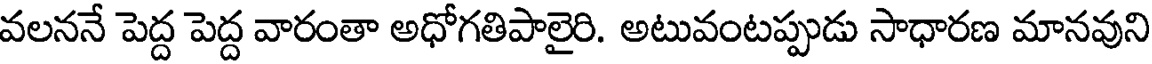
వలననే పెద్ద పెద్ద వారంతా అధోగతిపాలైరి. అటువంటప్పుడు సాధారణ మానవుని